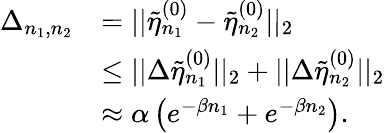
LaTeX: \begin{array}{rl}{\Delta_{n_{1},n_{2}}}&{=||\tilde{\eta}_{n_{1}}^{(0)}-\tilde{\eta}_{n_{2}}^{(0)}||_{2}}\\ &{\leq||\Delta\tilde{\eta}_{n_{1}}^{(0)}||_{2}+||\Delta\tilde{\eta}_{n_{2}}^{(0)}||_{2}}\\ &{\approx\alpha\left(e^{-\beta n_{1}}+e^{-\beta n_{2}}\right).}\end{array}